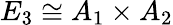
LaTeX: E_{3}\cong A_{1}\times A_{2}